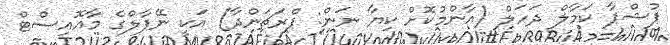
ޕުޝްޕާ ކަމާލް ދަހަލް (އާންމުކޮށް ކިޔާ ނަން: ޕްރަޗަންދާ) އަކީ ނޭޕާލްގެ މާއޮއިސްޓް